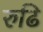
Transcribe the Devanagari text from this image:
रुढि